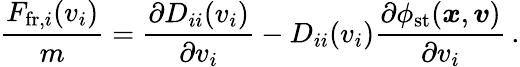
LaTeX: \frac{F_{\mathrm{fr},i}(v_{i})}{m}=\frac{\partial D_{ii}(v_{i})}{\partial v_{i}}-D_{ii}(v_{i})\frac{\partial\phi_{\mathrm{st}}(\boldsymbol{x},\boldsymbol{v})}{\partial v_{i}}\, .